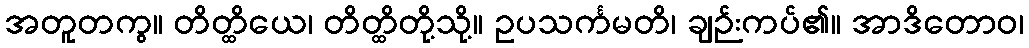
အတူတကွ။ တိတ္ထိယေ၊ တိတ္ထိတို့သို့။ ဥပသင်္ကမတိ၊ ချဉ်းကပ်၏။ အာဒိတောဝ၊